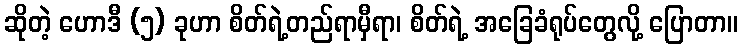
ဆိုတဲ့ ဟောဒီ (၅) ခုဟာ စိတ်ရဲ့တည်ရာမှီရာ၊ စိတ်ရဲ့ အခြေခံရုပ်တွေလို့ ပြောတာ။